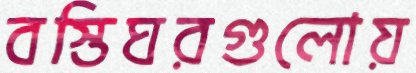
বস্তিঘরগুলোয়